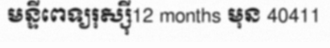
មន្ទីពេទ្យរុស្ស៊ី12 months មុន 40411